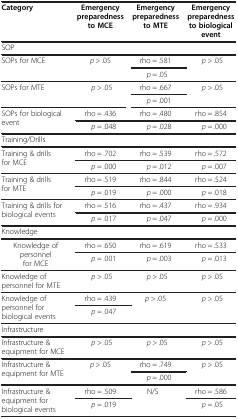
<table><thead><tr><td><b>Category</b></td><td><b>Emergency preparedness to MCE</b></td><td><b>Emergency preparedness to MTE</b></td><td><b>Emergency preparedness to biological event</b></td></tr></thead><tbody><tr><td>SOP</td><td> </td><td> </td><td> </td></tr><tr><td rowspan="2">SOPs for MCE</td><td rowspan="2"><i>p</i> &gt; .05</td><td>rho = .581</td><td rowspan="2"><i>p</i> &gt; .05</td></tr><tr><td><i>p</i> = .05</td></tr><tr><td rowspan="2">SOPs for MTE</td><td rowspan="2"><i>p</i> &gt; .05</td><td>rho = .667</td><td rowspan="2"><i>p</i> &gt; .05</td></tr><tr><td><i>p</i> = .001</td></tr><tr><td rowspan="2">SOPs for biological event</td><td>rho = .436</td><td>rho = .480</td><td>rho = .854</td></tr><tr><td><i>p</i> = .048</td><td><i>p</i> = .028</td><td><i>p</i> = .000</td></tr><tr><td>Training/Drills</td><td> </td><td> </td><td> </td></tr><tr><td rowspan="2">Training &amp; drills for MCE</td><td>rho = .702</td><td>rho = .539</td><td>rho = .572</td></tr><tr><td><i>p</i> = .000</td><td><i>p</i> = .012</td><td><i>p</i> = .007</td></tr><tr><td rowspan="2">Training &amp; drills for MTE</td><td>rho = .519</td><td>rho = .844</td><td>rho = .524</td></tr><tr><td><i>p</i> = .019</td><td><i>p</i> = .000</td><td><i>p</i> = .018</td></tr><tr><td rowspan="2">Training &amp; drills for biological events</td><td>rho = .516</td><td>rho = .437</td><td>rho = .934</td></tr><tr><td><i>p</i> = .017</td><td><i>p</i> = .047</td><td><i>p</i> = .000</td></tr><tr><td>Knowledge</td><td> </td><td> </td><td> </td></tr><tr><td rowspan="2">Knowledge of personnel for MCE</td><td>rho = .650</td><td>rho = .619</td><td>rho = .533</td></tr><tr><td><i>p</i> = .001</td><td><i>p</i> = .003</td><td><i>p</i> = .013</td></tr><tr><td>Knowledge of personnel for MTE</td><td><i>p</i> &gt; .05</td><td><i>p</i> &gt; .05</td><td><i>p</i> &gt; .05</td></tr><tr><td rowspan="2">Knowledge of personnel for biological events</td><td>rho = .439</td><td rowspan="2"><i>p</i> &gt; .05</td><td rowspan="2"><i>p</i> &gt; .05</td></tr><tr><td><i>p</i> = .047</td></tr><tr><td colspan="4">Infrastructure</td></tr><tr><td>Infrastructure &amp; equipment for MCE</td><td><i>p</i> &gt; .05</td><td><i>p</i> &gt; .05</td><td><i>p</i> &gt; .05</td></tr><tr><td rowspan="2">Infrastructure &amp; equipment for MTE</td><td rowspan="2"><i>p</i> &gt; .05</td><td>rho = .749</td><td rowspan="2"><i>p</i> &gt; .05</td></tr><tr><td><i>p</i> = .000</td></tr><tr><td rowspan="2">Infrastructure &amp; equipment for biological events</td><td>rho = .509</td><td rowspan="2">N/S</td><td>rho = .586</td></tr><tr><td><i>p</i> = .019</td><td><i>p</i> = .05</td></tr></tbody></table>